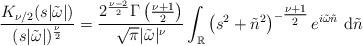
LaTeX: \begin{align*} \frac{K_{\nu/2}(s|\tilde{\omega}|)}{(s|\tilde{\omega}|)^{\frac{\nu}{2}}} &= \frac{2^{\frac{\nu-2}{2}}\Gamma\left(\frac{\nu+1}{2}\right)}{\sqrt{\pi}|\tilde{\omega}|^{\nu}} \int_{\mathbb{R}} \left(s^2+\tilde{n}^2\right)^{-\tfrac{\nu+1}{2}} e^{i\tilde{\omega}\tilde{n}} ~\mathrm{d}\tilde{n}\end{align*}